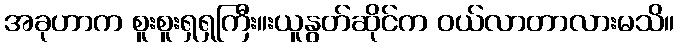
အခုဟာက စူးစူးရှရှကြီး။းယူနွတ်ဆိုင်က ဝယ်လာတာလားမသိ။